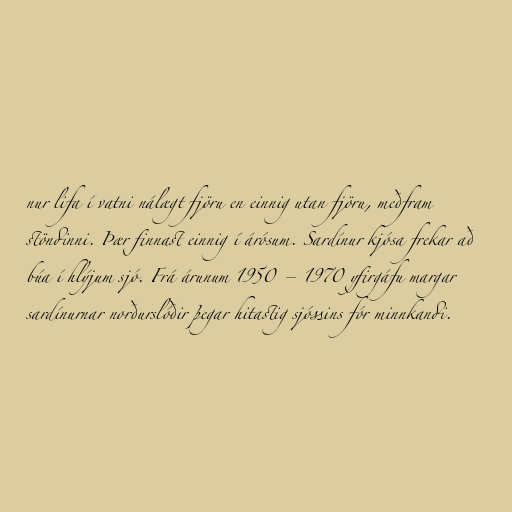
nur lifa í vatni nálægt fjöru en einnig utan fjöru, meðfram
stöndinni. Þær finnast einnig í árósum. Sardínur kjósa frekar að
búa í hlýjum sjó. Frá árunum 1950 – 1970 yfirgáfu margar
sardínurnar norðurslóðir þegar hitastig sjóssins fór minnkandi.